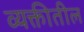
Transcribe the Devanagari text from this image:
व्यक्तीतील